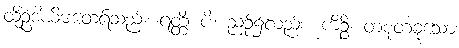
ထိုဥဒါယိမထေရ်သည်။ ရတ္တိံ ပိ၊ ညဉ့်၌လည်း။ ကိဉ္စိ၊ တစုံတခုသော